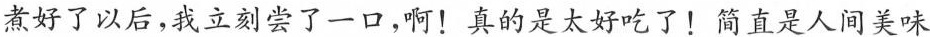
煮好了以后，我立刻尝了一口，啊！ 真的是太好吃了！ 简直是人间美味